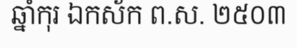
ឆ្នាំកុរ ឯកស័ក ព.ស. ២៥០៣